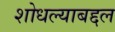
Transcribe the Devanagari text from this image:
शोधल्याबद्दल